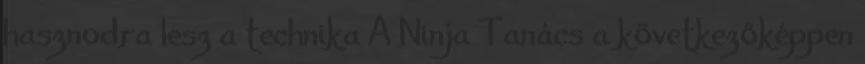
hasznodra lesz a technika A Ninja Tanács a következőképpen